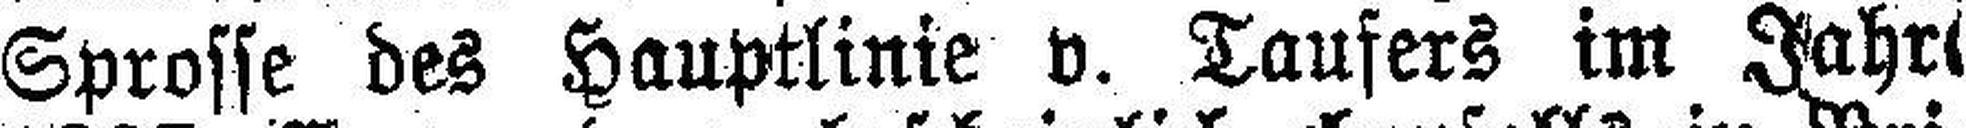
Sprosse des Hauptlinie v. Taufers im Fahr